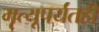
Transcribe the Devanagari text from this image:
मृत्यूपर्यंतही